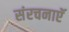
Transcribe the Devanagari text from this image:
संरचनाएॅ